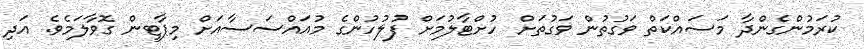
ކުރަމުންގެންދާ މަސައްކަތް ވަގުތުން ވަގުތަށް ހުށްޓާލުމަށް ފުލުހުންގެ މުއައްސަސާއަށް މިޕާޓީން ގޮވާލަމެވެ. އަދި